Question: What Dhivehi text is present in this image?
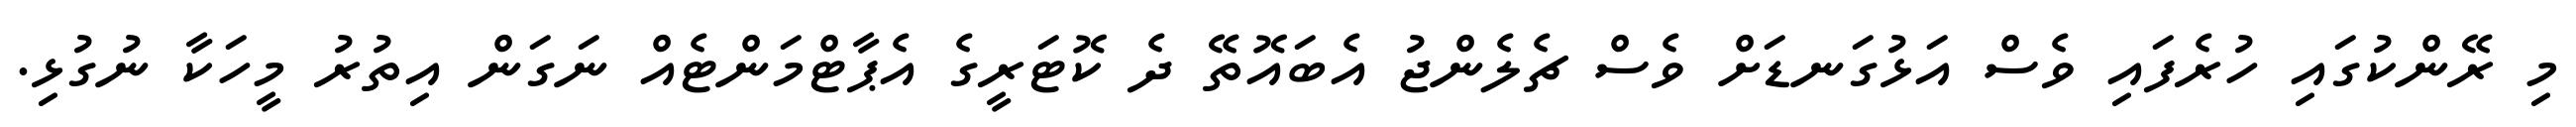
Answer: މި ރޭންކުގައި ހުރެފައި ވެސް އަޅުގަނޑަށް ވެސް ޗެލެންޖު އެބައޮތޭ ދެ ކޮޓަރީގެ އެޕާޓްމަންޓެއް ނަގަން އިތުރު މީހަކާ ނުގުޅި.